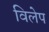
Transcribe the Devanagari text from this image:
विलेप